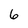
Character: 6